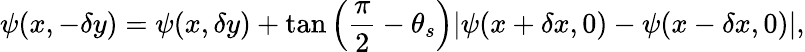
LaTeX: \psi(x,-\delta y)=\psi(x,\delta y)+\tan\left(\frac{\pi}{2}-\theta_{s}\right)\lvert\psi(x+\delta x,0)-\psi(x-\delta x,0)\lvert,